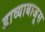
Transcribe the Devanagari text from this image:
डाव्याबाजूस